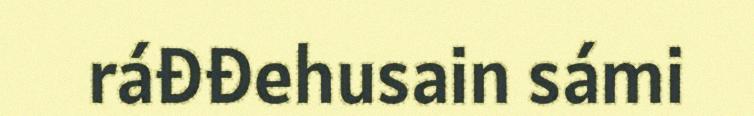
ráđđehusain sámi